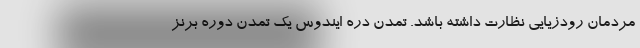
مردمان رودزیایی نظارت داشته باشد. تمدن دره ایندوس یک تمدن دوره برنز